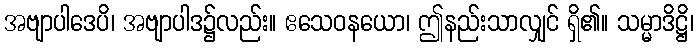
အဗျာပါဒေပိ၊ အဗျာပါဒ၌လည်း။ ဧသေဝနယော၊ ဤနည်းသာလျှင် ရှိ၏။ သမ္မာဒိဋ္ဌိ၊